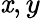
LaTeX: \mathit{x},y